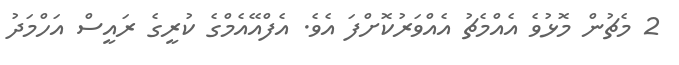
2 މެޗުން މޮޅުވެ އެއްމެޗު އެއްވަރުކޮށްފަ އެވެ. އެފްއޭއެމްގެ ކުރީގެ ރައީސް އަހްމަދު